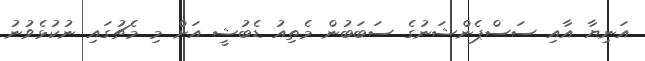
އަނިޔާ އާއި ސަސްޕެންޝަނުގެ ސަބަބުން މެތިއު ޑެބުޝީ އަށް މި މެޗުގައި ނުކުޅެވުނު